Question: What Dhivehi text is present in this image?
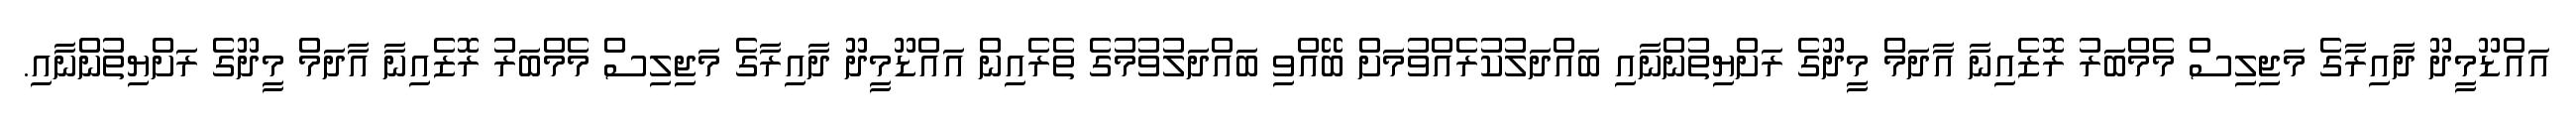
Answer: އައްޑޫމީދޫ ދާއިރާގެ މަޖިލިސް މެމްބަރު ރޮޒެއިނާ އާދަމް މީދޫގެ ރަށްޔިތުންނާއި ބައްދަލުކުރެއްވުމަށް ބޭއްވި ބައްދަލުވުމުގެ ތެރެއިން އައްޑޫމީދޫ ދާއިރާގެ މަޖިލިސް މެމްބަރު ރޮޒެއިނާ އާދަމް މީދޫގެ ރަށްޔިތުންނާއި.